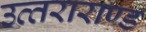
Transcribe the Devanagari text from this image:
उत्‍तराराण्‍ड